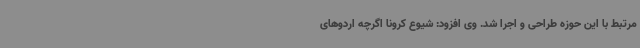
مرتبط با این حوزه طراحی و اجرا شد. وی افزود: شیوع کرونا اگرچه اردوهای